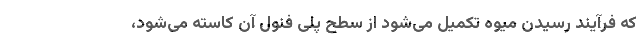
که فرآیند رسیدن میوه تکمیل می‌شود از سطح پلی فنول آن کاسته می‌شود،